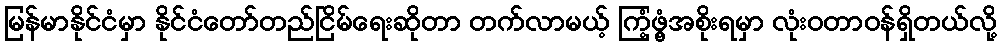
မြန်မာနိုင်ငံမှာ နိုင်ငံတော်တည်ငြိမ်ရေးဆိုတာ တက်လာမယ့် ကြံ့ဖွံ့အစိုးရမှာ လုံးဝတာဝန်ရှိတယ်လို့